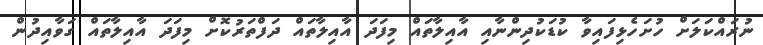
ނުރައްކަލަށް ހުށަހެޅިފައިވާ ކުޑަކުދިންނާއި އާއިލާތައް މިފަދަ އާއިލާތައް ދަފްތަރުކޮށް މިފަދަ އާއިލާތައް ގަވާއިދުން